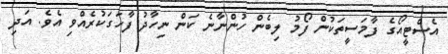
އެސްޓީއޯގެ ފާމަސީތަކުން ފޯމު ލިބެން ހުންނާނެ ކަން ނިހާދު ފާހަގަކުރެއްވި އެވެ. އަދި